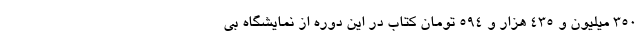
۳۵۰ میلیون و ۴۳۵ هزار و ۵۹۴ تومان کتاب در این دوره از نمایشگاه بی